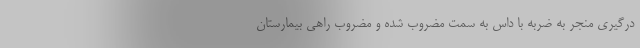
درگیری منجر به ضربه با داس به سمت مضروب شده و مضروب راهی بیمارستان